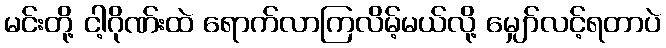
မင်းတို့ ငါ့ဂိုဏ်းထဲ ရောက်လာကြလိမ့်မယ်လို့ မျှော်လင့်ရတာပဲ